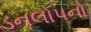
ડનલોપનો